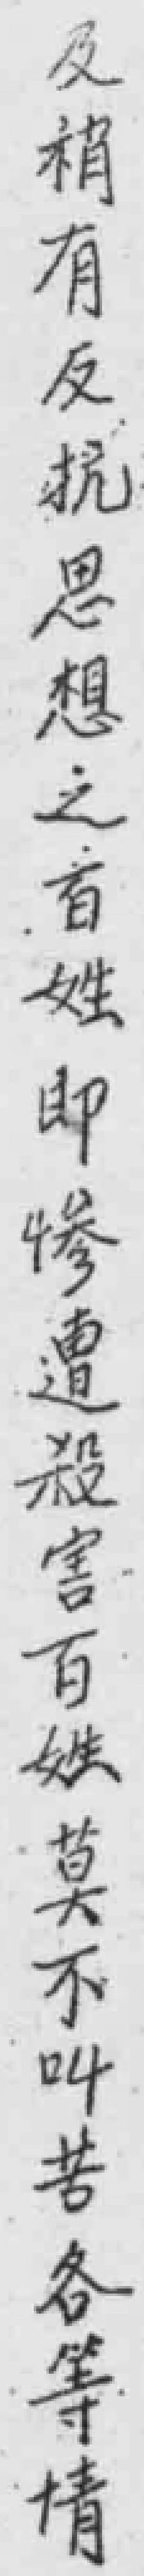
及梢有反抗思想之百姓即慘遭殺害百姓莫不叫苦各等情